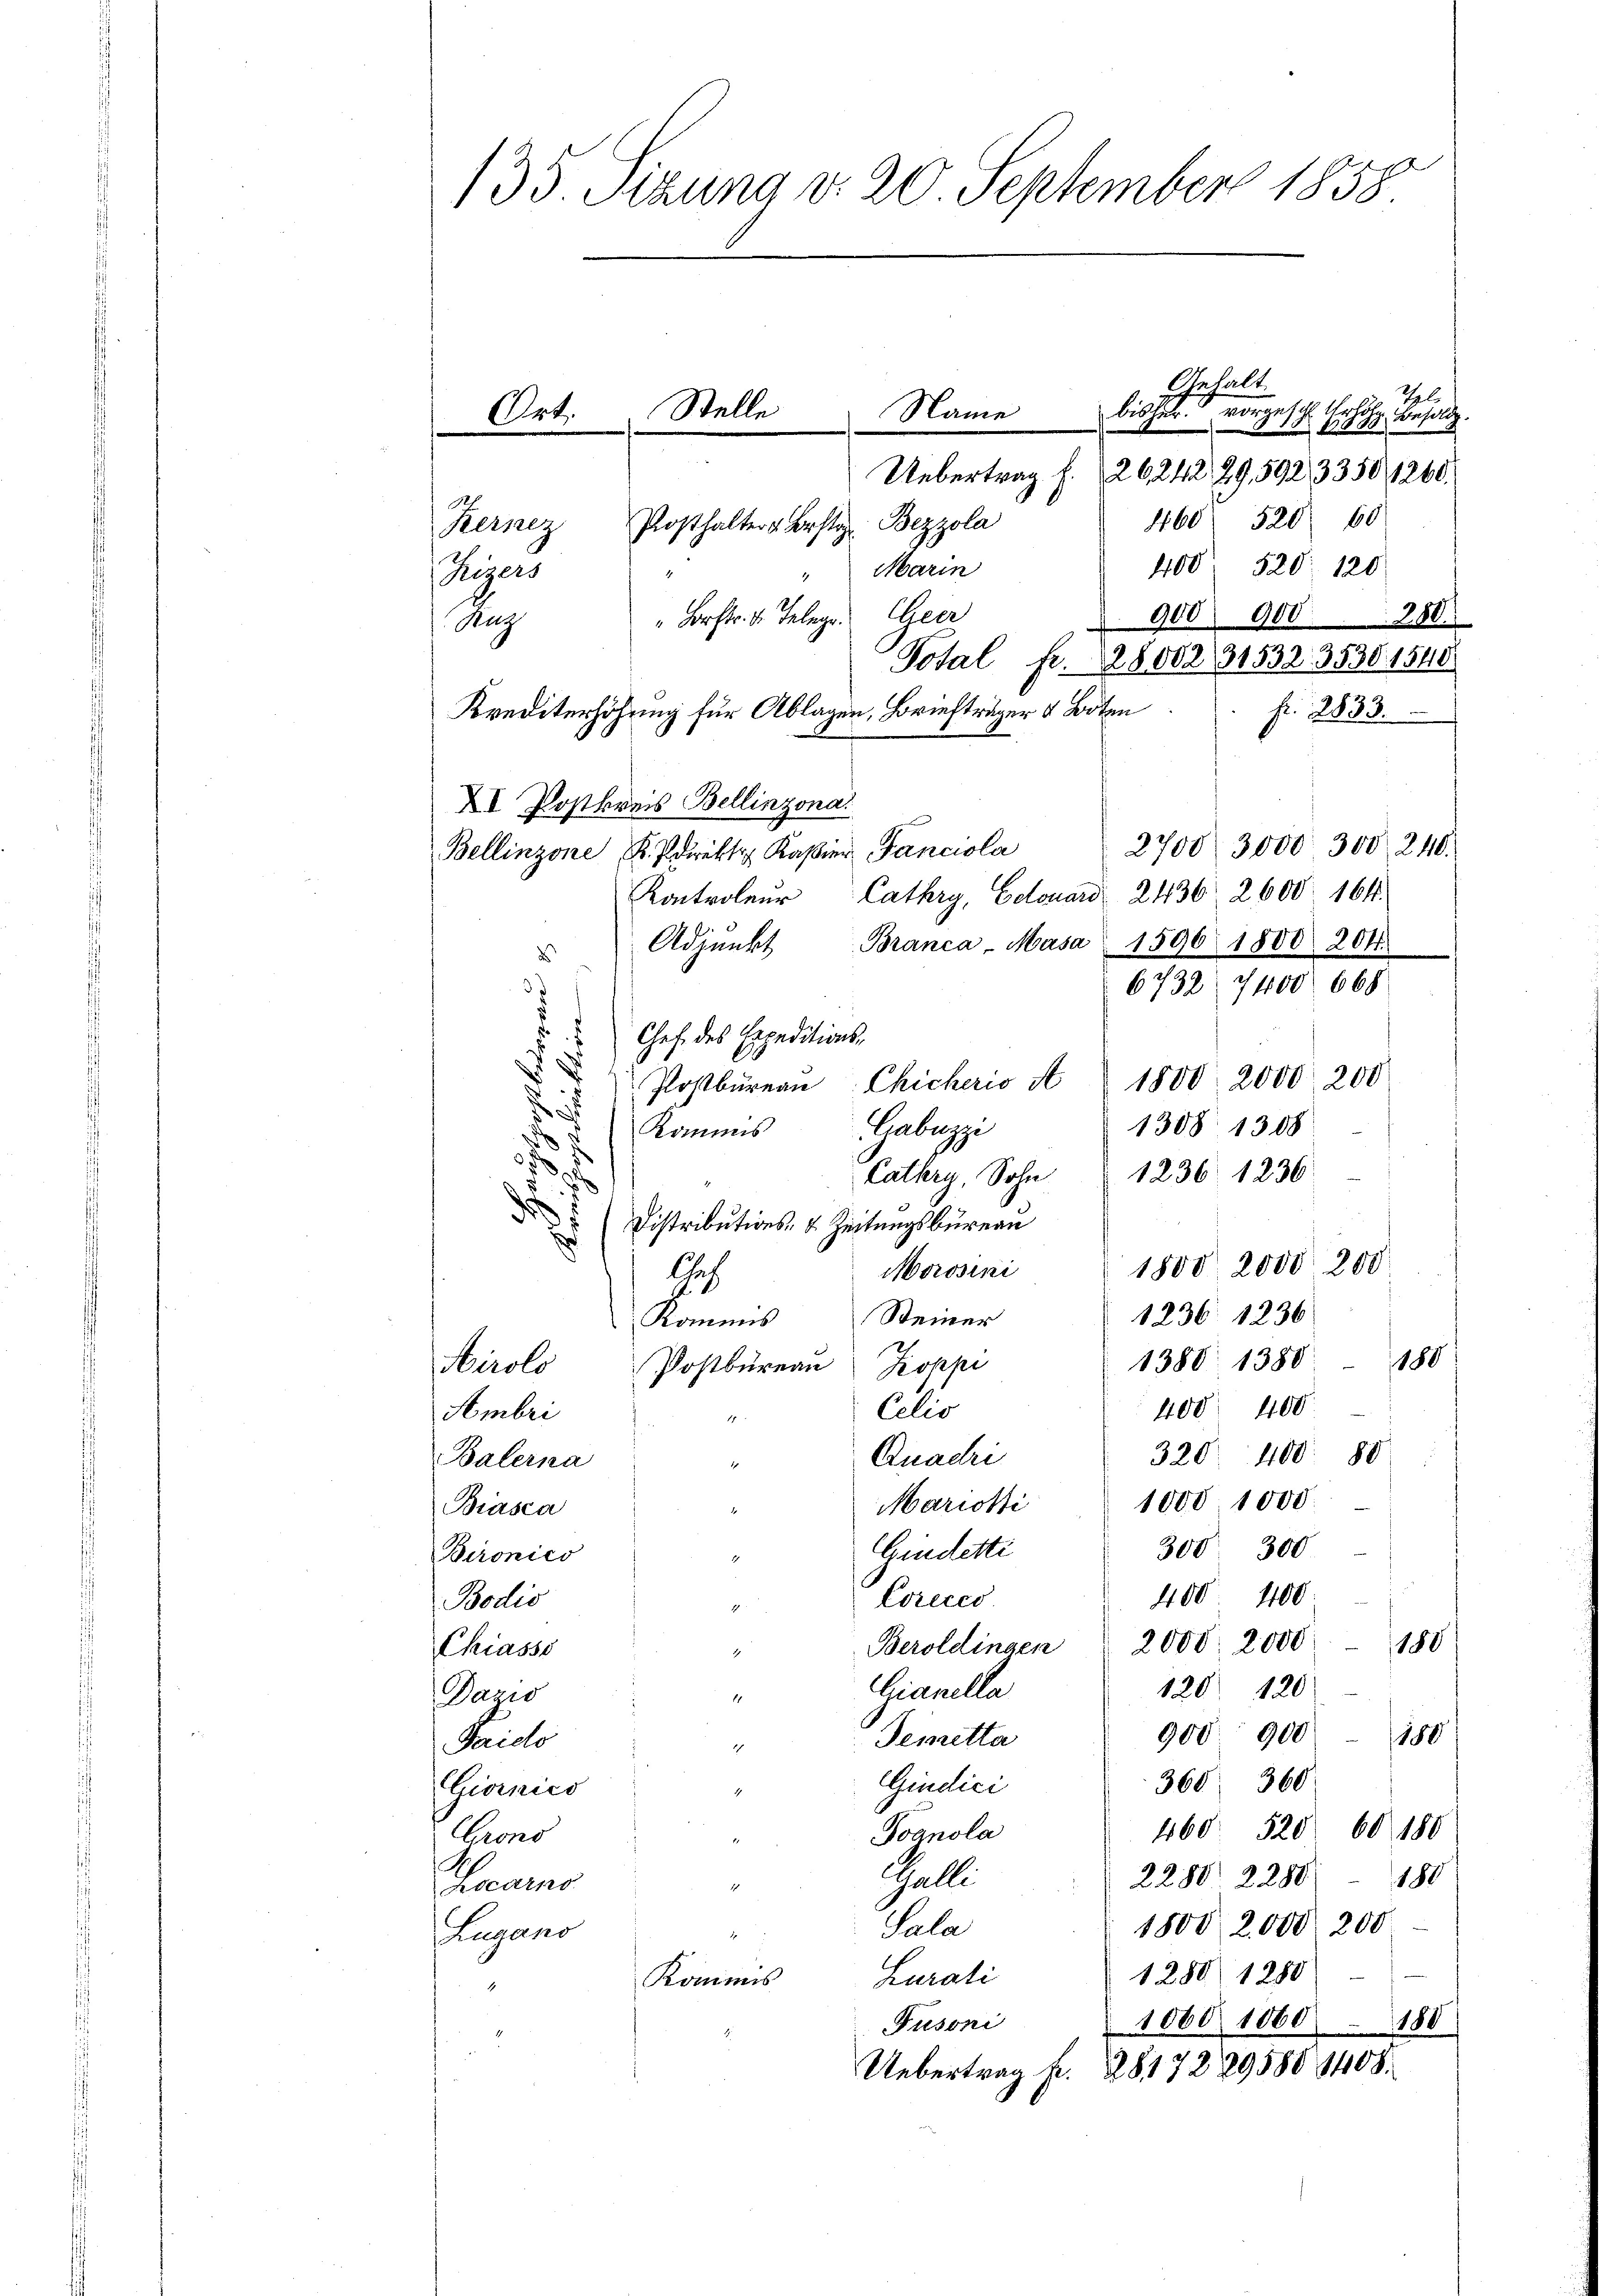
135 Sizung d. 20. September 1858

Anhalt
Tele
bisher vorgeschl. Urte
No 88. Besold
Uebertrag f. 26242, 29,5923350/1260.
1160 520 60
400' 520 120
Marin
Piers
"Brstr. v. Telege. Geer
900 9000.
Aug
Total fr. 2800231532. 3530. 1540
Krediterhöhung für Ablagen, Briefträger & Boten
fr. 2833.
XI Postkreis Bellinzona.
2700/ 3000 300 240.
Bellinzone . Edikt Kasier Fancisla
Kontroleur Cathry, Edouard 2436 2600. 164.
Adjunkt
Branca-Masa 1596 1800. 204.
d
6732, 7400. 668
.
Chef des Expeditionsp
Postbureau Chicherio a 1800 2000 200
1308. 1308
Kommis Gabuzzi
e
.
Catkry, Sohn " 1236 1236.
d
d
Distributions- u. Zeitungsbureau
1800, 2000 200
Marosini
Auf
1236 1236
Kommis Steiner
180
1388 1380
Postbüreau Koppi
Airolo
400. 400
Eelio
Fembri
320 400. 80
Quadri
Balerna
1000 1000.
Mariati
Biasca
300 300
Gindetti
Bironico
400 400
Creces
Bodis
i
Beroldingen " 2000. 2000
180
Chiasse
120120
Gianelle
Dagro
900 900
180
Demetta
Taielo
h
Gindici
368. 360.
Giornico
460. 520 60 180
Joanola
Grono
Galle
180
2280 2286
Thearno
1800, 2000 200
Sala
Lugano
1280. 1280
Lurati
Kommis
4
1060. 1060.
188
Fusoni
Uebertrag Fr. 2817229586, 1408.

Stelle
Name
Ort.
Bezzola
Posthalter Erstag
Kerner